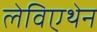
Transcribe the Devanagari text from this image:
लेविएथेन